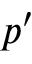
p ^ { \prime }